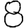
Digit: 8